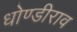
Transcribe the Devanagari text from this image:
धोण्डीराव